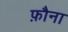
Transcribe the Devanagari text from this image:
फ़ौना